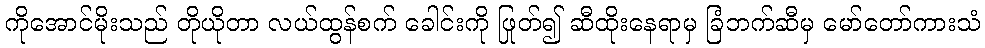
ကိုအောင်မိုးသည် တိုယိုတာ လယ်ထွန်စက် ခေါင်းကို ဖြုတ်၍ ဆီထိုးနေရာမှ ခြံဘက်ဆီမှ မော်တော်ကားသံ